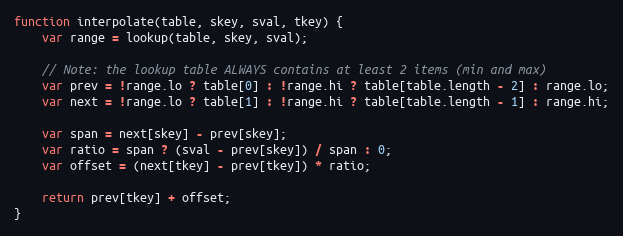
Language: JavaScript
function interpolate(table, skey, sval, tkey) {
	var range = lookup(table, skey, sval);

	// Note: the lookup table ALWAYS contains at least 2 items (min and max)
	var prev = !range.lo ? table[0] : !range.hi ? table[table.length - 2] : range.lo;
	var next = !range.lo ? table[1] : !range.hi ? table[table.length - 1] : range.hi;

	var span = next[skey] - prev[skey];
	var ratio = span ? (sval - prev[skey]) / span : 0;
	var offset = (next[tkey] - prev[tkey]) * ratio;

	return prev[tkey] + offset;
}